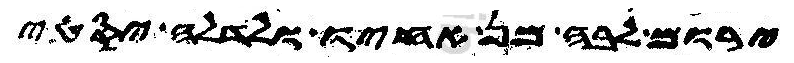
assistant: ירום לבה מן אחיו ולדלה יסטי